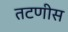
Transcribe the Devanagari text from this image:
तटणीस